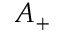
A _ { + }